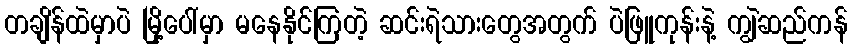
တချိန်ထဲမှာပဲ မြို့ပေါ်မှာ မနေနိုင်ကြတဲ့ ဆင်းရဲသားတွေအတွက် ပဲဖြူကုန်းနဲ့ ကျွဲဆည်ကန်